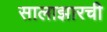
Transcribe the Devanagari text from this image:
सालाझारची